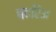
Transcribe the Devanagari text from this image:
बवरिअ